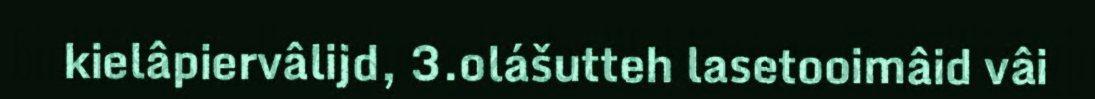
kielâpiervâlijd, 3.olášutteh lasetooimâid vâi